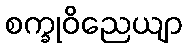
စက္ခုဝိညေယျာ